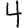
Digit: 4